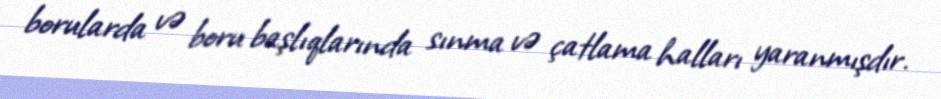
borularda və boru başlıqlarında sınma və çatlama halları yaranmışdır.